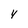
Character: 4